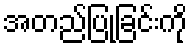
အတည်ပြုခြင်းကို